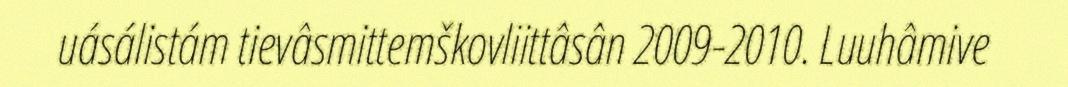
uásálistám tievâsmittemškovliittâsân 2009-2010. Luuhâmive